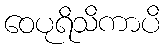
ဝေပုရိသိကာပိ